Report on vaccination for the Province of Oudh 1871 -
Year: 1871
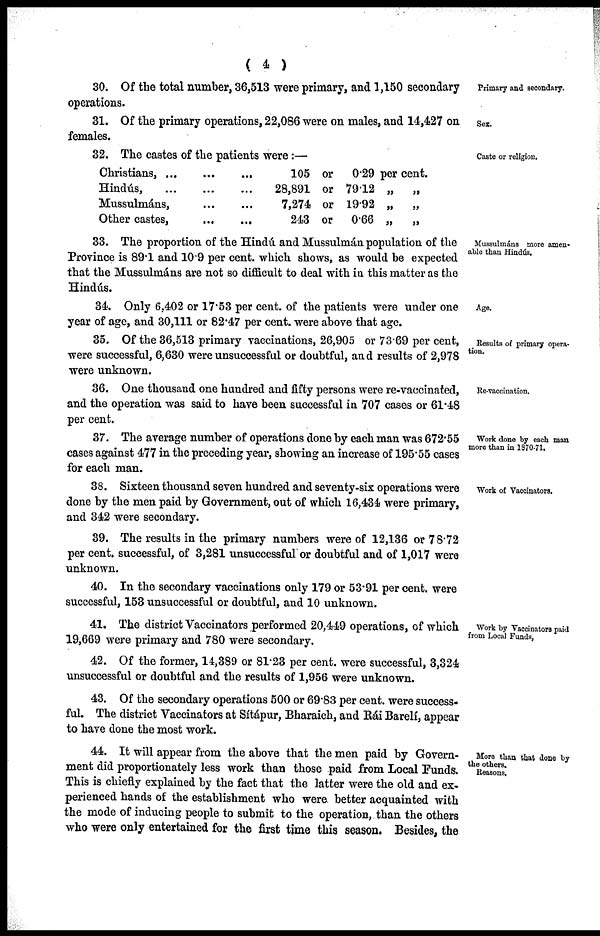
( 4 )
Primary and secondary.
30. Of the total number, 36,513 were primary, and 1,150 secondary
operations.
Sex.
31. Of the primary operations, 22,086 were on males, and 14,427 on
females.
Caste or religion.
32. The castes of the patients were:—
Christians,... ... ...
Hindús, ... ... ...
Mussulmáns, ... ...
Other castes,
... ...
105 or 0.29 per cent.
28,891 or 79.12 „
„
7,274 or 19.92 „
„
243 or 0.66 „
„
Mussulmáns more amen¬
able than Hindús.
33. The proportion of the Hindú and Mussulmán population of the
Province is 89.1 and 10.9 per cent. which shows, as would be expected
that the Mussulmáns are not so difficult to deal with in this matter as the
Hindús.
Age.
34. Only 6.402 or 17.53 per cent. of the patients were under one
year of age, and 30,111 or 82.47 per cent. were above that age.
Results of primary opera-
tion.
35. Of the 36,513 primary vaccinations, 26,905 or 73.69 per cent,
were successful, 6,630 were unsuccessful or doubtful, and results of 2,978
were unknown.
Re-vaccination.
36. One thousand one hundred and fifty persons were re-vaccinated,
and the operation was said to have been successful in 707 cases or 61.48
per cent.
Work done by each man
more than in 1870-71.
37. The average number of operations done by each man was 672.55
cases against 477 in the preceding year, showing an increase of 195.55 cases
for each man.
Work of Vaccinators.
38. Sixteen thousand seven hundred and seventy-six operations were
done by the men paid by Government, out of which 16,434 were primary,
and 342 were secondary.
39. The results in the primary numbers were of 12,136 or 78.72
per cent. successful, of 3,281 unsuccessful or doubtful and of 1,017 were
unknown.
40. In the secondary vaccinations only 179 or 53.91 per cent. were
successful, 153 unsuccessful or doubtful, and 10 unknown.
Work by Vaccinators paid
from Local Funds,
41. The district Vaccinators performed 20,449 operations, of which
19,669 were primary and 780 were secondary.
42. Of the former, 14,389 or 81.23 per cent. were successful, 3,324
unsuccessful or doubtful and the results of 1,956 were unknown.
43. Of the secondary operations 500 or 69.83 per cent. were success-
ful. The district Vaccinators at Sítápur, Bharaich, and Rái Barelí, appear
to have done the most work.
More than that done by
the others.
Reasons,
44. It will appear from the above that the men paid by Govern-
ment did proportionately less work than those paid from Local Funds.
This is chiefly explained by the fact that the latter were the old and ex-
perienced hands of the establishment who were better acquainted with
the mode of inducing people to submit to the operation, than the others
who were only entertained for the first time this season. Besides, the